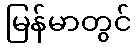
မြန်မာတွင်